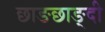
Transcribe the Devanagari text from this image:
छाङछाङ्दी